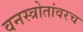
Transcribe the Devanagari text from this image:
वनस्त्रोतांवरच